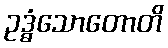
ဥဒ္ဓံသောတောတိ